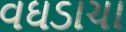
વઘડાચા